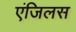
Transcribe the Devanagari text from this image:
एंजिलस